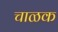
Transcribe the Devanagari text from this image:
चाळक